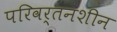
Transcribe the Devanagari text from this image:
परिवर्तनशीन